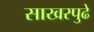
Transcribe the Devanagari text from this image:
साखरपुढे